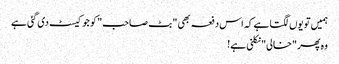
ہمیں تو یوں لگتا ہے کہ اس دفعہ بھی "بٹ صاحب" کو جو کیسٹ دی گئی ہے
وہ پھر "خالی" نکلنی ہے!